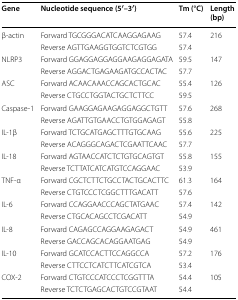
| Gene | Nucleotide sequence (5′–3′) | Tm (°C) | Length (bp) |
 | --- | --- | --- | --- |
 | <ROWSPAN=2> β-actin | Forward TGCGGGACATCAAGGAGAAG | 57.4 | <ROWSPAN=2> 216 |
 | Reverse AGTTGAAGGTGGTCTCGTGG | 57.4 |
 | <ROWSPAN=2> NLRP3 | Forward GGAGGAGGAGGAAGAGGAGATA | 59.5 | <ROWSPAN=2> 147 |
 | Reverse AGGACTGAGAAGATGCCACTAC | 57.7 |
 | <ROWSPAN=2> ASC | Forward ACAACAAACCAGCACTGCAC | 55.4 | <ROWSPAN=2> 126 |
 | Reverse CTGCCTGGTACTGCTCTTCC | 59.5 |
 | <ROWSPAN=2> Caspase-1 | Forward GAAGGAGAAGAGGAGGCTGTT | 57.6 | <ROWSPAN=2> 268 |
 | Reverse AGATTGTGAACCTGTGGAGAGT | 55.8 |
 | <ROWSPAN=2> IL-1β | Forward TCTGCATGAGCTTTGTGCAAG | 55.6 | <ROWSPAN=2> 225 |
 | Reverse ACAGGGCAGACTCGAATTCAAC | 57.7 |
 | <ROWSPAN=2> IL-18 | Forward AGTAACCATCTCTGTGCAGTGT | 55.8 | <ROWSPAN=2> 155 |
 | Reverse TCTTATCATCATGTCCAGGAAC | 53.9 |
 | <ROWSPAN=2> TNF-α | Forward CGCTCTTCTGCCTACTGCACTTC | 61.3 | <ROWSPAN=2> 164 |
 | Reverse CTGTCCCTCGGCTTTGACATT | 57.6 |
 | <ROWSPAN=2> IL-6 | Forward CCAGGAACCCAGCTATGAAC | 57.4 | <ROWSPAN=2> 142 |
 | Reverse CTGCACAGCCTCGACATT | 54.9 |
 | <ROWSPAN=2> IL-8 | Forward CAGAGCCAGGAAGAGACT | 54.9 | <ROWSPAN=2> 461 |
 | Reverse GACCAGCACAGGAATGAG | 54.9 |
 | <ROWSPAN=2> IL-10 | Forward GCATCCACTTCCAGGCCA | 57.2 | <ROWSPAN=2> 176 |
 | Reverse CTTCCTCATCTTCATCGTCA | 53.4 |
 | <ROWSPAN=2> COX-2 | Forward CTGTCCCATCCCTCGGTTTA | 54.4 | <ROWSPAN=2> 105 |
 | Reverse TCTCTGAGCACTGTCCGTAAT | 54.4 |